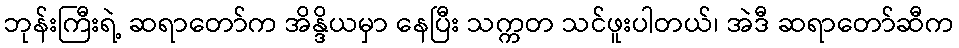
ဘုန်းကြီးရဲ့ ဆရာတော်က အိန္ဒိယမှာ နေပြီး သက္ကတ သင်ဖူးပါတယ်၊ အဲဒီ ဆရာတော်ဆီက